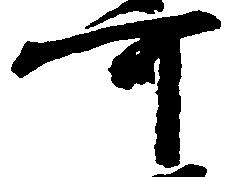
可